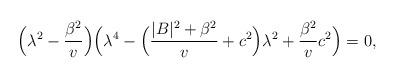
LaTeX: \begin{align*}\Big(\lambda^2-\frac{\beta^2}{v}\Big)\Big(\lambda^4 -\Big(\frac{|B|^2 + \beta^2}{v} + c^2 \Big) \lambda^2 + \frac{\beta^2}{v}c^2\Big) =0,\end{align*}